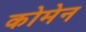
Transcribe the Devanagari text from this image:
कोमेन